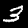
Label: 3